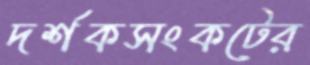
দর্শকসংকটের